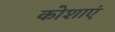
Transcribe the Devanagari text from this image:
कोशाएं